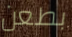
بطعن